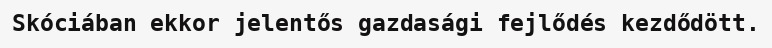
Skóciában ekkor jelentős gazdasági fejlődés kezdődött.